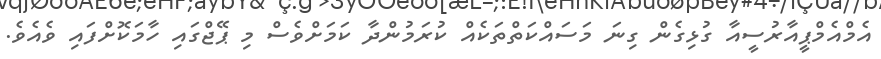
އެމްއެމްޕީއާރުސީއާ ގުޅިގެން ގިނަ މަސައްކަތްތަކެއް ކުރަމުންދާ ކަމަށްވެސް މި ޕޭޖްގައި ހާމަކޮށްފައި ވެއެވެ.